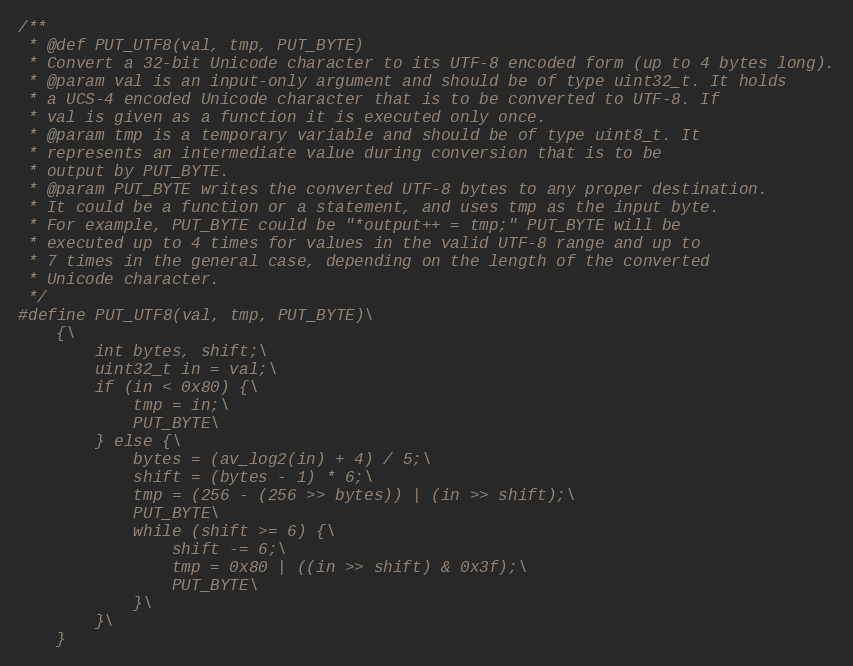
Language: C
/**
 * @def PUT_UTF8(val, tmp, PUT_BYTE)
 * Convert a 32-bit Unicode character to its UTF-8 encoded form (up to 4 bytes long).
 * @param val is an input-only argument and should be of type uint32_t. It holds
 * a UCS-4 encoded Unicode character that is to be converted to UTF-8. If
 * val is given as a function it is executed only once.
 * @param tmp is a temporary variable and should be of type uint8_t. It
 * represents an intermediate value during conversion that is to be
 * output by PUT_BYTE.
 * @param PUT_BYTE writes the converted UTF-8 bytes to any proper destination.
 * It could be a function or a statement, and uses tmp as the input byte.
 * For example, PUT_BYTE could be "*output++ = tmp;" PUT_BYTE will be
 * executed up to 4 times for values in the valid UTF-8 range and up to
 * 7 times in the general case, depending on the length of the converted
 * Unicode character.
 */
#define PUT_UTF8(val, tmp, PUT_BYTE)\
    {\
        int bytes, shift;\
        uint32_t in = val;\
        if (in < 0x80) {\
            tmp = in;\
            PUT_BYTE\
        } else {\
            bytes = (av_log2(in) + 4) / 5;\
            shift = (bytes - 1) * 6;\
            tmp = (256 - (256 >> bytes)) | (in >> shift);\
            PUT_BYTE\
            while (shift >= 6) {\
                shift -= 6;\
                tmp = 0x80 | ((in >> shift) & 0x3f);\
                PUT_BYTE\
            }\
        }\
    }